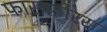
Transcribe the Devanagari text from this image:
फासफ़ोरस